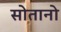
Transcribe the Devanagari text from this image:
सोतानो